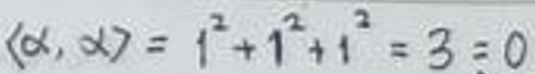
\[
\langle \alpha, \alpha\rangle = 1^{2}+1^{2}+1^{2}=3\neq 0
\]